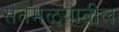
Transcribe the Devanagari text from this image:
संतमेळ्यातील